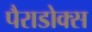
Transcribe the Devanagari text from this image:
पैराडोक्स